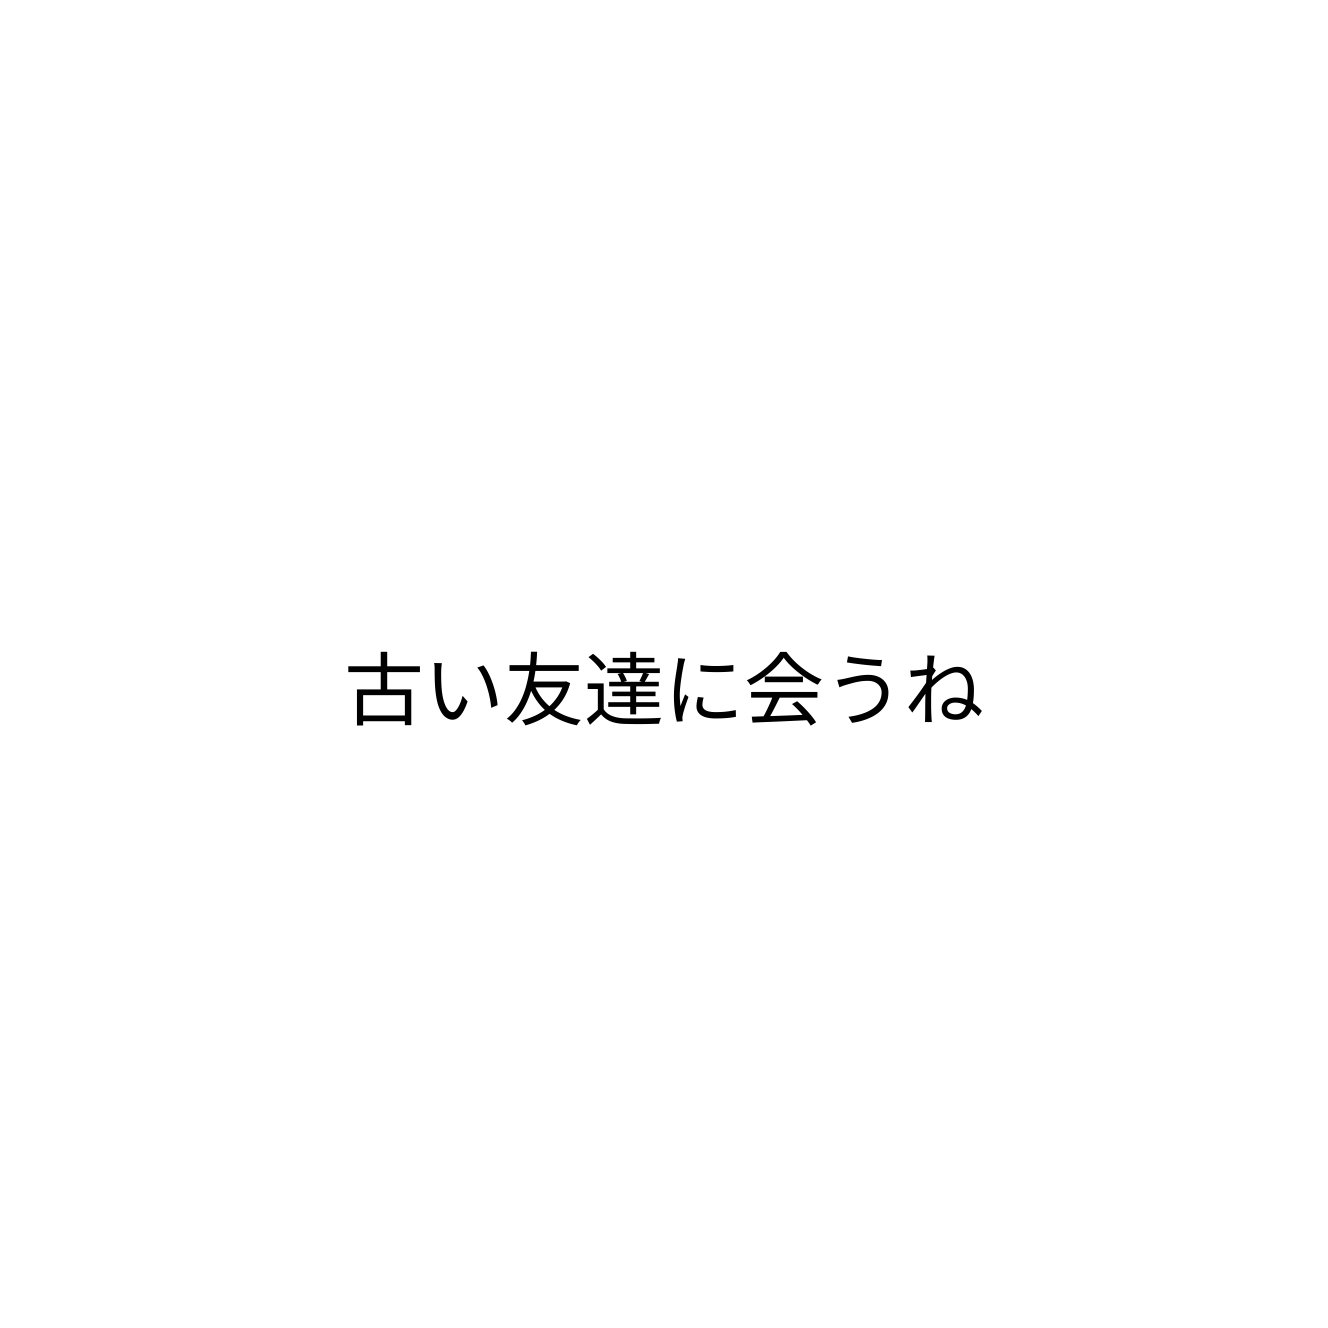
古い友達に会うね